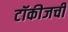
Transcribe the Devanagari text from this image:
टॉकीजची